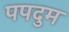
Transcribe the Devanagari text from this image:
पपदुम